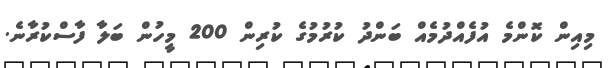
މިއިން ކޮންމެ އުފެއްދުމެއް ބަންދު ކުރުމުގެ ކުރިން 200 މީހުން ބަލާ ފާސްކުރާނެ.